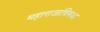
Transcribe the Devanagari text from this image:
महाराजांविरुध्द